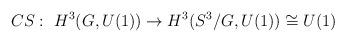
LaTeX: \begin{align*}CS:\ H^3(G,U(1)) \to H^3(S^3/G,U(1))\cong U(1)\end{align*}